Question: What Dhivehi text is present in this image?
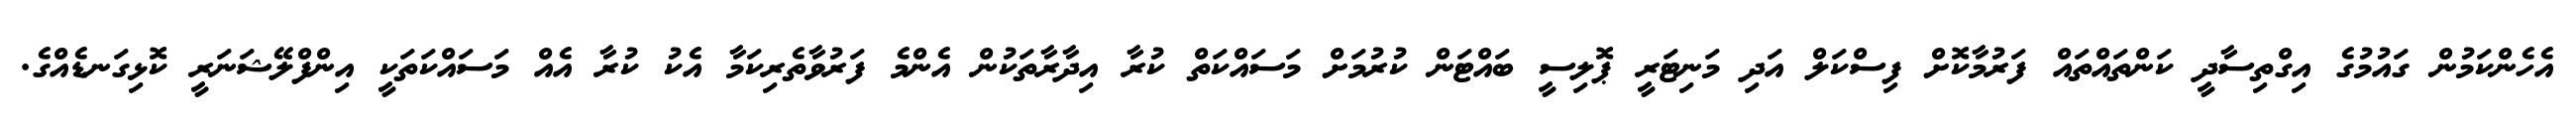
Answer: އެހެންކަމުން ގައުމުގެ އިގްތިސާދީ ކަންތައްތައް ފަރުމާކޮށް ފިސްކަލް އަދި މަނިޓަރީ ޕޮލިސީ ބައްޓަން ކުރުމަށް މަސައްކަތް ކުރާ އިދާރާތަކުން އެންމެ ފަރުވާތެރިކަމާ އެކު ކުރާ އެއް މަސައްކަތަކީ އިންފްލޭޝަނަރީ ކޮޅިގަނޑެއްގެ.